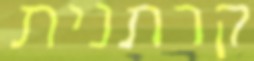
קרתנית